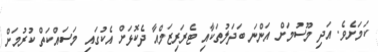
ކަމަށެވެ. އަދި މޫސުމަށް އަންނަ ބަދަލުތަކާއި ޓެރަރިޒަމްއާ ދެކޮޅަށް އެކުގައި މަސައްކަތް ކުރުމަށް